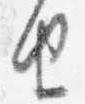
由